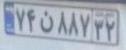
۷۴ن۸۸۷۳۲